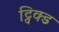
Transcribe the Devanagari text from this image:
ट्विक्ड